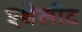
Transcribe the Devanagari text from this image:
एथेलीट